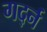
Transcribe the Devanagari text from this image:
गर्द्न